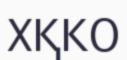
ХҚКО